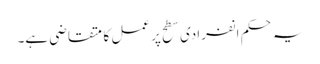
یہ حکم انفرادی سطح پر عمل کا متقاضی ہے۔